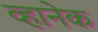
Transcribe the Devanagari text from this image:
व्हानेक